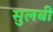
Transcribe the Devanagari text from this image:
सुलबी